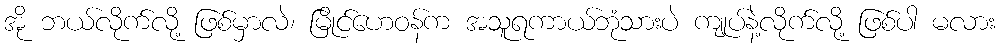
အို ဘယ်လိုက်လို့ ဖြစ်မှာလဲ၊ မြိုင်ဟေဝန်က အသူရကာယ်ဘုံသားပဲ ကျုပ်နဲ့လိုက်လို့ ဖြစ်ပါ မလား